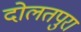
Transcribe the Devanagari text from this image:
दोलतपुरा